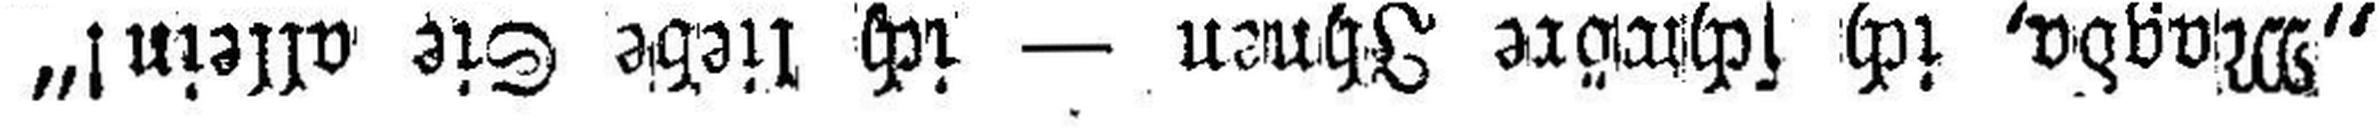
„Magda, ich schwöre Ihnen — ich liebe Sie allein!“